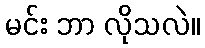
မင်း ဘာ လိုသလဲ။